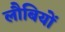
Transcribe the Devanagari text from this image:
लौबियों